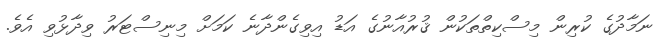
ނަމާދުގެ ކުރިން މިސްކިތްތަކުން ޤުރުއާނުގެ އަޑު އިވިގެންދާނެ ކަމަށް މިނިސްޓަރު ވިދާޅުވި އެވެ.